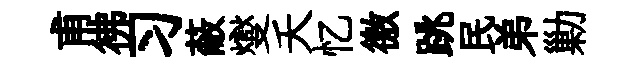
甫彿习蔽燮夭忆徼跳民弟勦